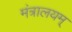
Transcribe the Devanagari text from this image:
मंत्रालयम्